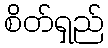
စိတ်ရှည်